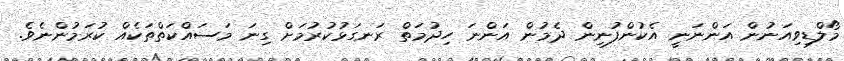
މޯލްޑިވިއަނުން އަންނަނީ އެކުންފުނިން ދެމުން އަންނަ ހިދުމަތް ރަނގަޅުކުރުމަށް ގިނަ މަސައްކަތްތަކެއް ކުރަމުންނެވެ.